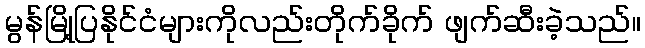
မွန်မြို့ပြနိုင်ငံများကိုလည်းတိုက်ခိုက် ဖျက်ဆီးခဲ့သည်။